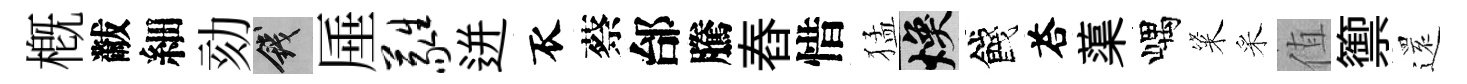
槪黻細劾錢厜蕤迸衣蔡邰騰舂惜猛焕餞荅蕖嵎粢采值籞𮟃